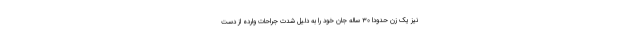
نیز یک زن حدودا ۳۰ ساله جان خود را به دلیل شدت جراحات وارده از دست